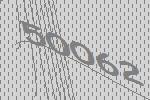
50062